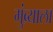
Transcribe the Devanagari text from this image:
मुंब्र्याला